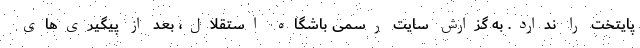
پایتخت را ندارد. به گزارش سایت رسمی باشگاه استقلال، بعد از پیگیری‌های